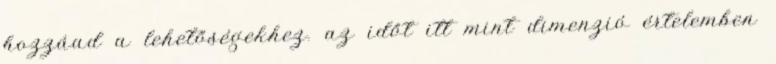
hozzáad a lehetőségekhez. az időt itt mint dimenzió értelemben